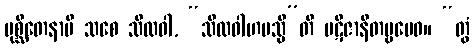
ပုစ္ဆိတေနာပိ သစေ သီလဝါ, “သီလဝါဟမသ္မီ”တိ ပဋိဇာနိတဗ္ဗမေဝ။ “တွံ